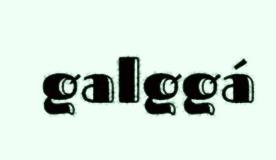
galggá